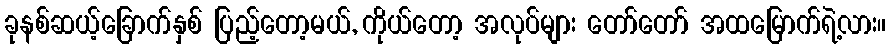
ခုနစ်ဆယ့်ခြောက်နှစ် ပြည့်တော့မယ်, ကိုယ်တော့ အလုပ်များ တော်တော် အထမြောက်ရဲ့လား။